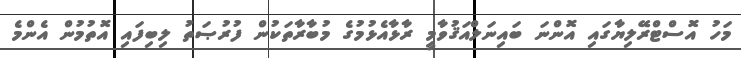
މަހު އޮސްޓްރޭލިޔާގައި އޮންނަ ބައިނަލްއަޤުވާމީ ރާޅާއެޅުމުގެ މުބާރާތަކުން ފުރުޞަތު ލިބިފައި އޮތުމުން އެންމެ